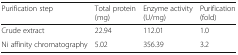
<table><thead><tr><td><b>Purification step</b></td><td><b>Total protein(mg)</b></td><td><b>Enzyme activity(U/mg)</b></td><td><b>Purification(fold)</b></td></tr></thead><tbody><tr><td>Crude extract</td><td>22.94</td><td>112.01</td><td>1.0</td></tr><tr><td>Ni affinity chromatography</td><td>5.02</td><td>356.39</td><td>3.2</td></tr></tbody></table>